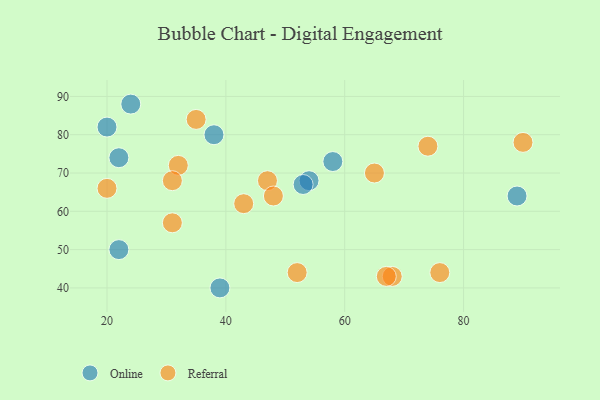
{"axis": {"x": "GDP", "y": "Life Expectancy"}, "legend": ["Online", "Referral"], "data": [{"x": "54", "y": 68, "type": "Online"}, {"x": "24", "y": 88, "type": "Online"}, {"x": "22", "y": 50, "type": "Online"}, {"x": "89", "y": 64, "type": "Online"}, {"x": "58", "y": 73, "type": "Online"}, {"x": "39", "y": 40, "type": "Online"}, {"x": "53", "y": 67, "type": "Online"}, {"x": "38", "y": 80, "type": "Online"}, {"x": "22", "y": 74, "type": "Online"}, {"x": "20", "y": 82, "type": "Online"}, {"x": "74", "y": 77, "type": "Referral"}, {"x": "68", "y": 43, "type": "Referral"}, {"x": "65", "y": 70, "type": "Referral"}, {"x": "47", "y": 68, "type": "Referral"}, {"x": "32", "y": 72, "type": "Referral"}, {"x": "76", "y": 44, "type": "Referral"}, {"x": "67", "y": 43, "type": "Referral"}, {"x": "20", "y": 66, "type": "Referral"}, {"x": "43", "y": 62, "type": "Referral"}, {"x": "90", "y": 78, "type": "Referral"}, {"x": "52", "y": 44, "type": "Referral"}, {"x": "31", "y": 57, "type": "Referral"}, {"x": "48", "y": 64, "type": "Referral"}, {"x": "31", "y": 68, "type": "Referral"}, {"x": "35", "y": 84, "type": "Referral"}]}